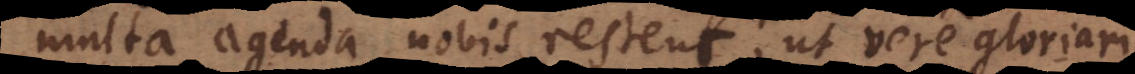
multa agenda nobis restent, ut vere gloriari